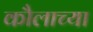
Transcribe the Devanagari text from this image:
कौलाच्या